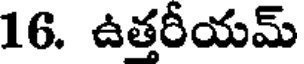
16. ఉత్తరీయమ్